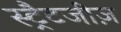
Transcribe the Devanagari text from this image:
स्ट्रैटजीज़